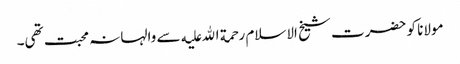
مولانا کو حضرت شیخ الاسلام رحمة الله علیه سے والہانہ محبت تھی۔